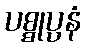
ပစ္စုပ္ပနံ